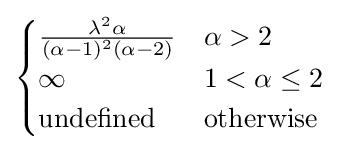
{\begin{cases}{\frac {\lambda ^{2}\alpha }{(\alpha -1)^{2}(\alpha -2)}}&\alpha >2\\\infty &1<\alpha \leq 2\\{\text{undefined}}&{\text{otherwise}}\end{cases}}